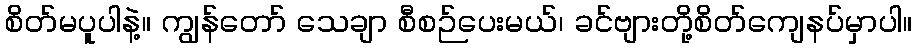
စိတ်မပူပါနဲ့။ ကျွန်တော် သေချာ စီစဉ်ပေးမယ်၊ ခင်ဗျားတို့စိတ်ကျေနပ်မှာပါ။